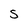
Character: S